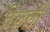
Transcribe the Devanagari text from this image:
घेलली